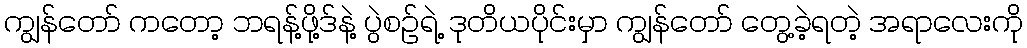
ကျွန်တော် ကတော့ ဘရန့်ဖို့ဒ်နဲ့ ပွဲစဉ်ရဲ့ ဒုတိယပိုင်းမှာ ကျွန်တော် တွေ့ခဲ့ရတဲ့ အရာလေးကို